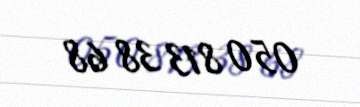
050 813 38 68